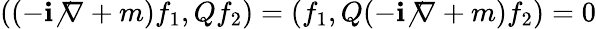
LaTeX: ((-\mathbf{i}{\not{\nabla}}+m)f_{1},Qf_{2})=(f_{1},Q(-\mathbf{i}{\not{\nabla}}+m)f_{2})=0